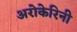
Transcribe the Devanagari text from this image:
अरोकेरिनी